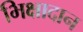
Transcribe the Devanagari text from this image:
भिक्षादान